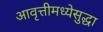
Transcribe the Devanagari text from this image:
आवृत्तीमध्येसुद्धा